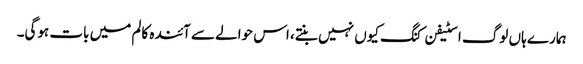
ہمارے ہاں لوگ اسٹیفن کنگ کیوں نہیں بنتے، اس حوالے سے آئندہ کالم میں بات ہوگی۔